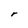
Character: r